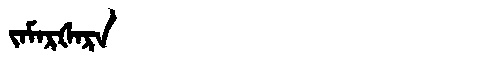
Manchu: ᠵᠠᠮᠠᡵᡧᠠᡵᠠ
Romanization: JAMARŠARA